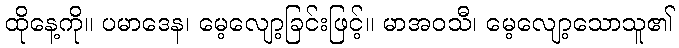
ထိုနေ့ကို။ ပမာဒေန၊ မေ့လျော့ခြင်းဖြင့်။ မာအဝသီ၊ မေ့လျော့သောသူ၏